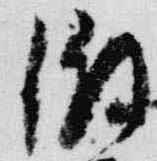
微